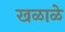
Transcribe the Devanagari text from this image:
खळाळे